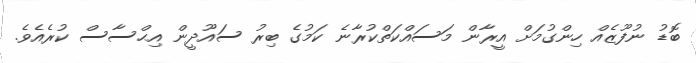
ބޮޑު ނުފޫޒެއް ހިންގުމަށް އީރާން މަސައްކަތްކުރާނެ ކަމުގެ ބިރު ސައޫދީން އިޙްސާސް ކުރެއެވެ.